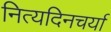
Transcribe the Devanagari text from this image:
नित्यदिनचर्या